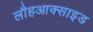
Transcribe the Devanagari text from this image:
लौहआक्साइड